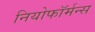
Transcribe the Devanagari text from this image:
नियोफॉर्मन्स